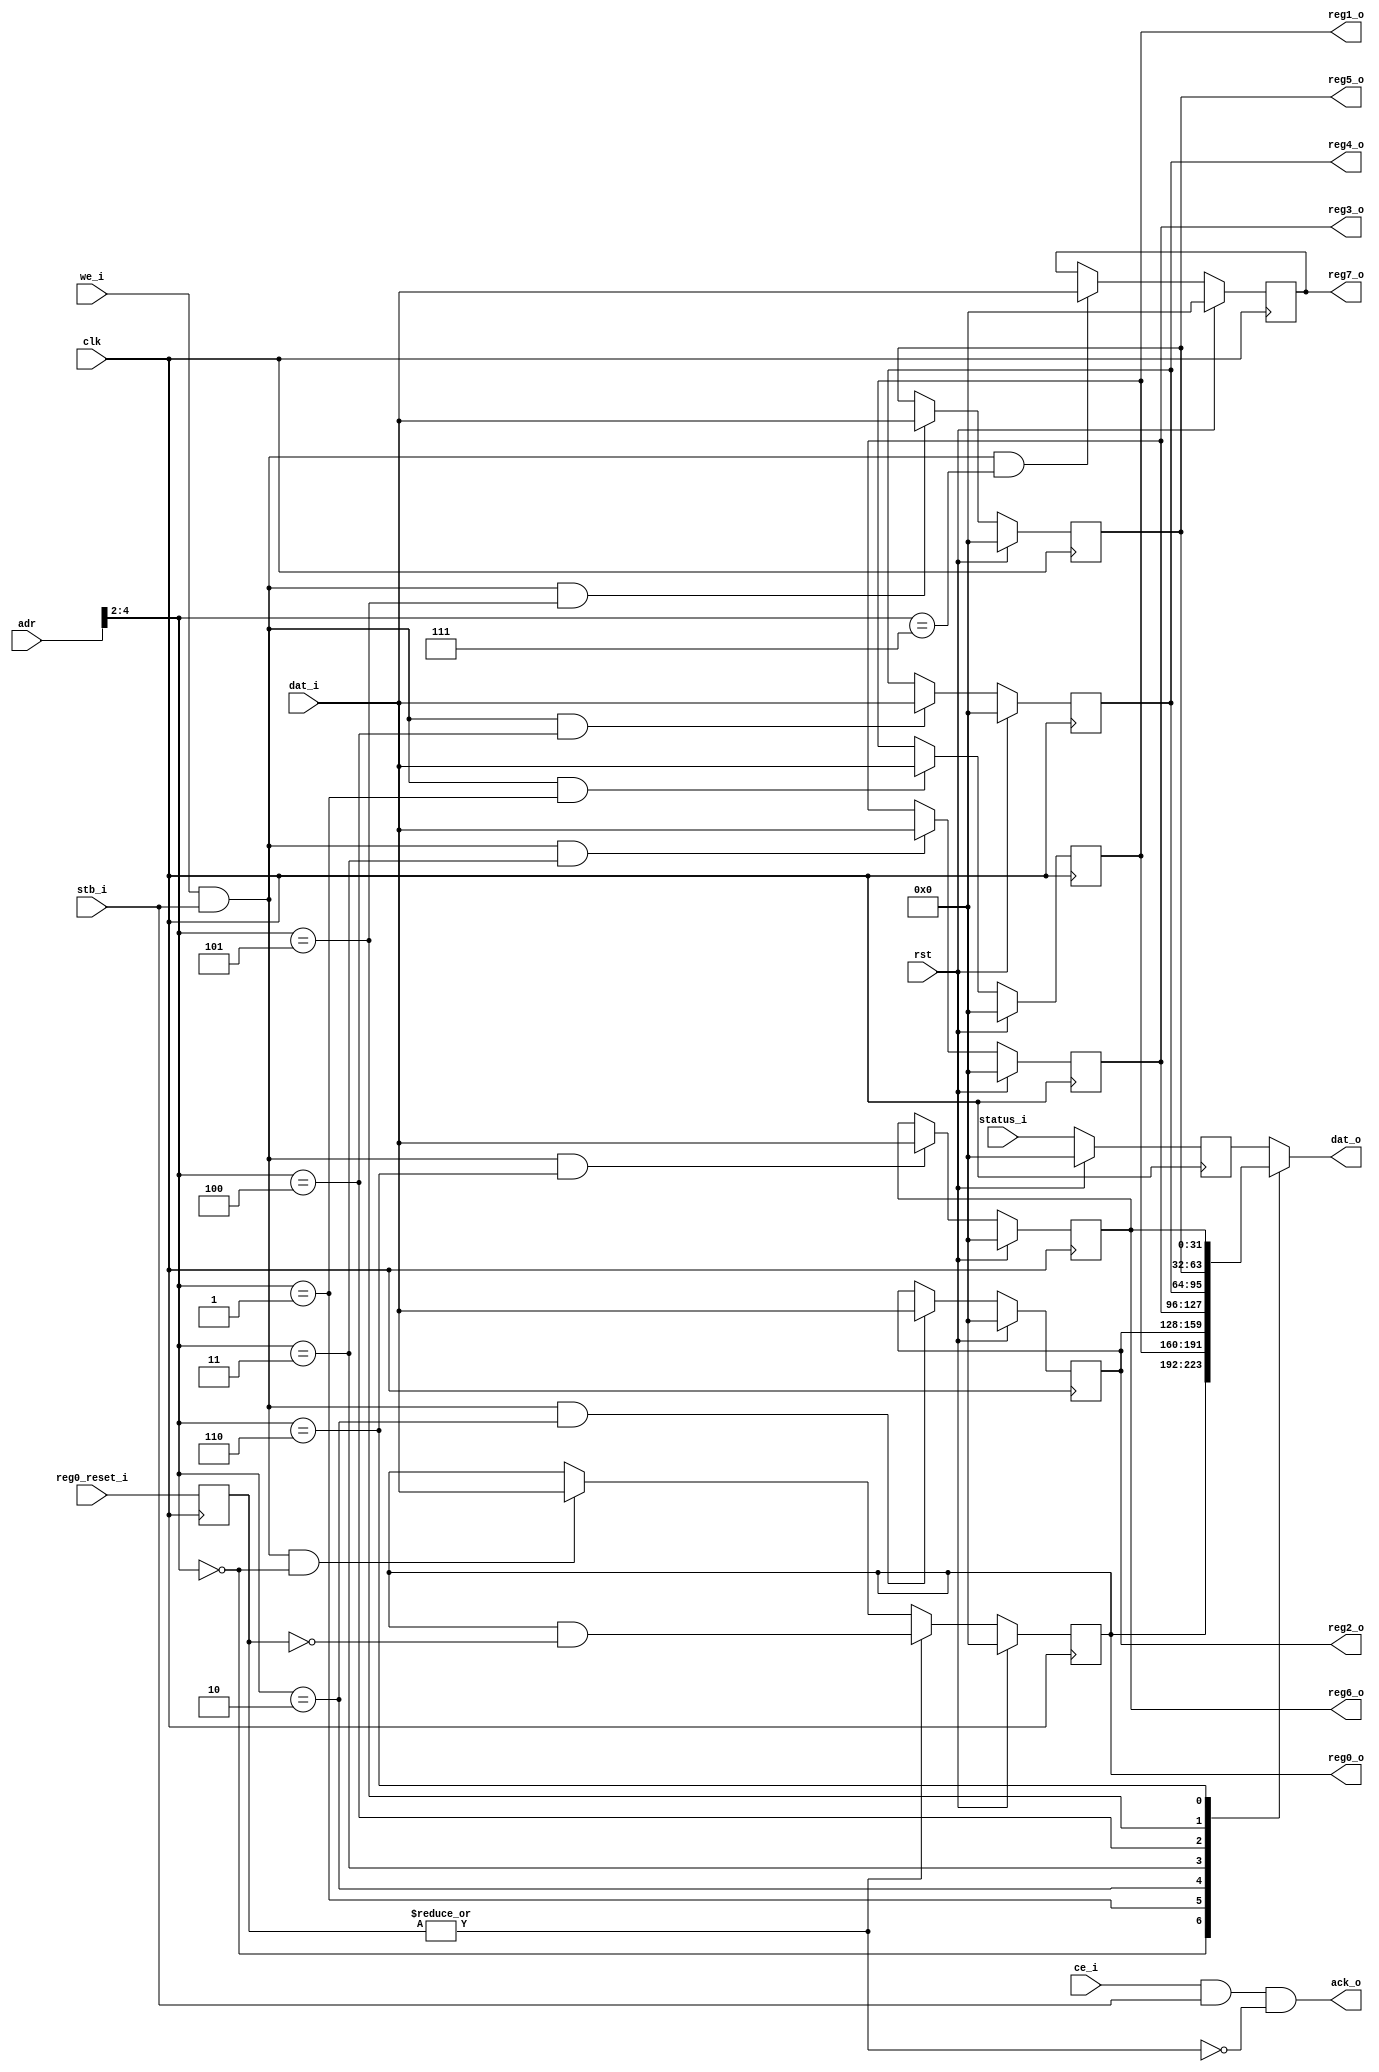
`resetall
`timescale 1ns/10ps
module leela_reg (
       clk, rst, 

       adr, dat_i, dat_o, we_i,
       ce_i, stb_i, ack_o,

       status_i,

       reg0_o, reg1_o, reg2_o, reg3_o,
       reg4_o, reg5_o, reg6_o, reg7_o,

       reg0_reset_i
);

input		clk;
input		rst;
input	[6:0]	adr;
input	[31:0]	dat_i;
output	[31:0]	dat_o;
reg	[31:0]  dat_o;
input		we_i;
input		ce_i;
input		stb_i;
output		ack_o;
input   [31:0]  status_i;
output  [31:0]  reg0_o;
output  [31:0]  reg1_o;
output  [31:0]  reg2_o;
output  [31:0]  reg3_o;
output  [31:0]  reg4_o;
output  [31:0]  reg5_o;
output  [31:0]  reg6_o;
output  [31:0]  reg7_o;

input   [31:0]  reg0_reset_i;

reg	[31:0]	reg0;
reg	[31:0]	reg1;
reg	[31:0]	reg2;
reg	[31:0]	reg3;
reg	[31:0]	reg4;
reg	[31:0]	reg5;
reg	[31:0]	reg6;
reg	[31:0]	reg7;
reg	[31:0]	status_reg;

reg	[31:0]	reg0_reset_r;

assign ack_o = ce_i & stb_i & (~(|reg0_reset_r));

always @ (posedge clk)
  reg0_reset_r <= reg0_reset_i;

always @ (posedge clk)
  if (rst == 1'b1)
    reg0 <= 32'b0;
  else if (|reg0_reset_r)
    reg0 <= reg0 & ~reg0_reset_r;
  else if (we_i & stb_i & (adr[4:2] == 3'h0))
    reg0 <= dat_i;

always @ (posedge clk)
  if (rst == 1'b1)
    reg1 <= 32'b0;
  else if (we_i & stb_i & (adr[4:2] == 3'h1))
    reg1 <= dat_i;

always @ (posedge clk)
  if (rst == 1'b1)
    reg2 <= 32'b0;
  else if (we_i & stb_i & (adr[4:2] == 3'h2))
    reg2 <= dat_i;

always @ (posedge clk)
  if (rst == 1'b1)
    reg3 <= 32'b0;
  else if (we_i & stb_i & (adr[4:2] == 3'h3))
    reg3 <= dat_i;

always @ (posedge clk)
  if (rst == 1'b1)
    reg4 <= 32'b0;
  else if (we_i & stb_i & (adr[4:2] == 3'h4))
    reg4 <= dat_i;

always @ (posedge clk)
  if (rst == 1'b1)
    reg5 <= 32'b0;
  else if (we_i & stb_i & (adr[4:2] == 3'h5))
    reg5 <= dat_i;

always @ (posedge clk)
  if (rst == 1'b1)
    reg6 <= 32'b0;
  else if (we_i & stb_i & (adr[4:2] == 3'h6))
    reg6 <= dat_i;

always @ (posedge clk)
  if (rst == 1'b1)
    reg7 <= 32'b0;
  else if (we_i & stb_i & (adr[4:2] == 3'h7))
    reg7 <= dat_i;

always @ (posedge clk)
  if (rst == 1'b1)
    status_reg <= 32'b0;
  else
    status_reg <= status_i;

always @ (*)
  case (adr[4:2])
     3'h0:    dat_o = reg0;
     3'h1:    dat_o = reg1;
     3'h2:    dat_o = reg2;
     3'h3:    dat_o = reg3;
     3'h4:    dat_o = reg4;
     3'h5:    dat_o = reg5;
     3'h6:    dat_o = reg6;
     default: dat_o = status_reg;
  endcase

assign reg0_o = reg0;
assign reg1_o = reg1;
assign reg2_o = reg2;
assign reg3_o = reg3;
assign reg4_o = reg4;
assign reg5_o = reg5;
assign reg6_o = reg6;
assign reg7_o = reg7;

endmodule // leela_reg

// Local Variables:
// verilog-library-directories:("." ".." "../or1200" "../jpeg" "../pkmc" "../dvga" "../uart" "../monitor" "../lab1" "../dafk_tb" "../eth" "../wb" "../leela")
// End: